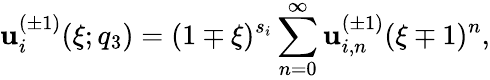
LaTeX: \mathbf{u}_{i}^{(\pm1)}(\xi;q_{3})=(1\mp\xi)^{s_{i}}\sum_{n=0}^{\infty}\mathbf{u}_{i,n}^{(\pm1)}(\xi\mp1)^{n},